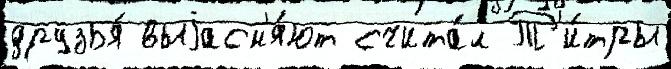
друзья́ выjасн'я́ют счита́л Т'и́тры